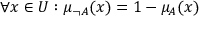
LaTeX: \forall x \in { U } : \mu _ { \neg { A } } ( x ) = 1 - \mu _ { A } ( x )